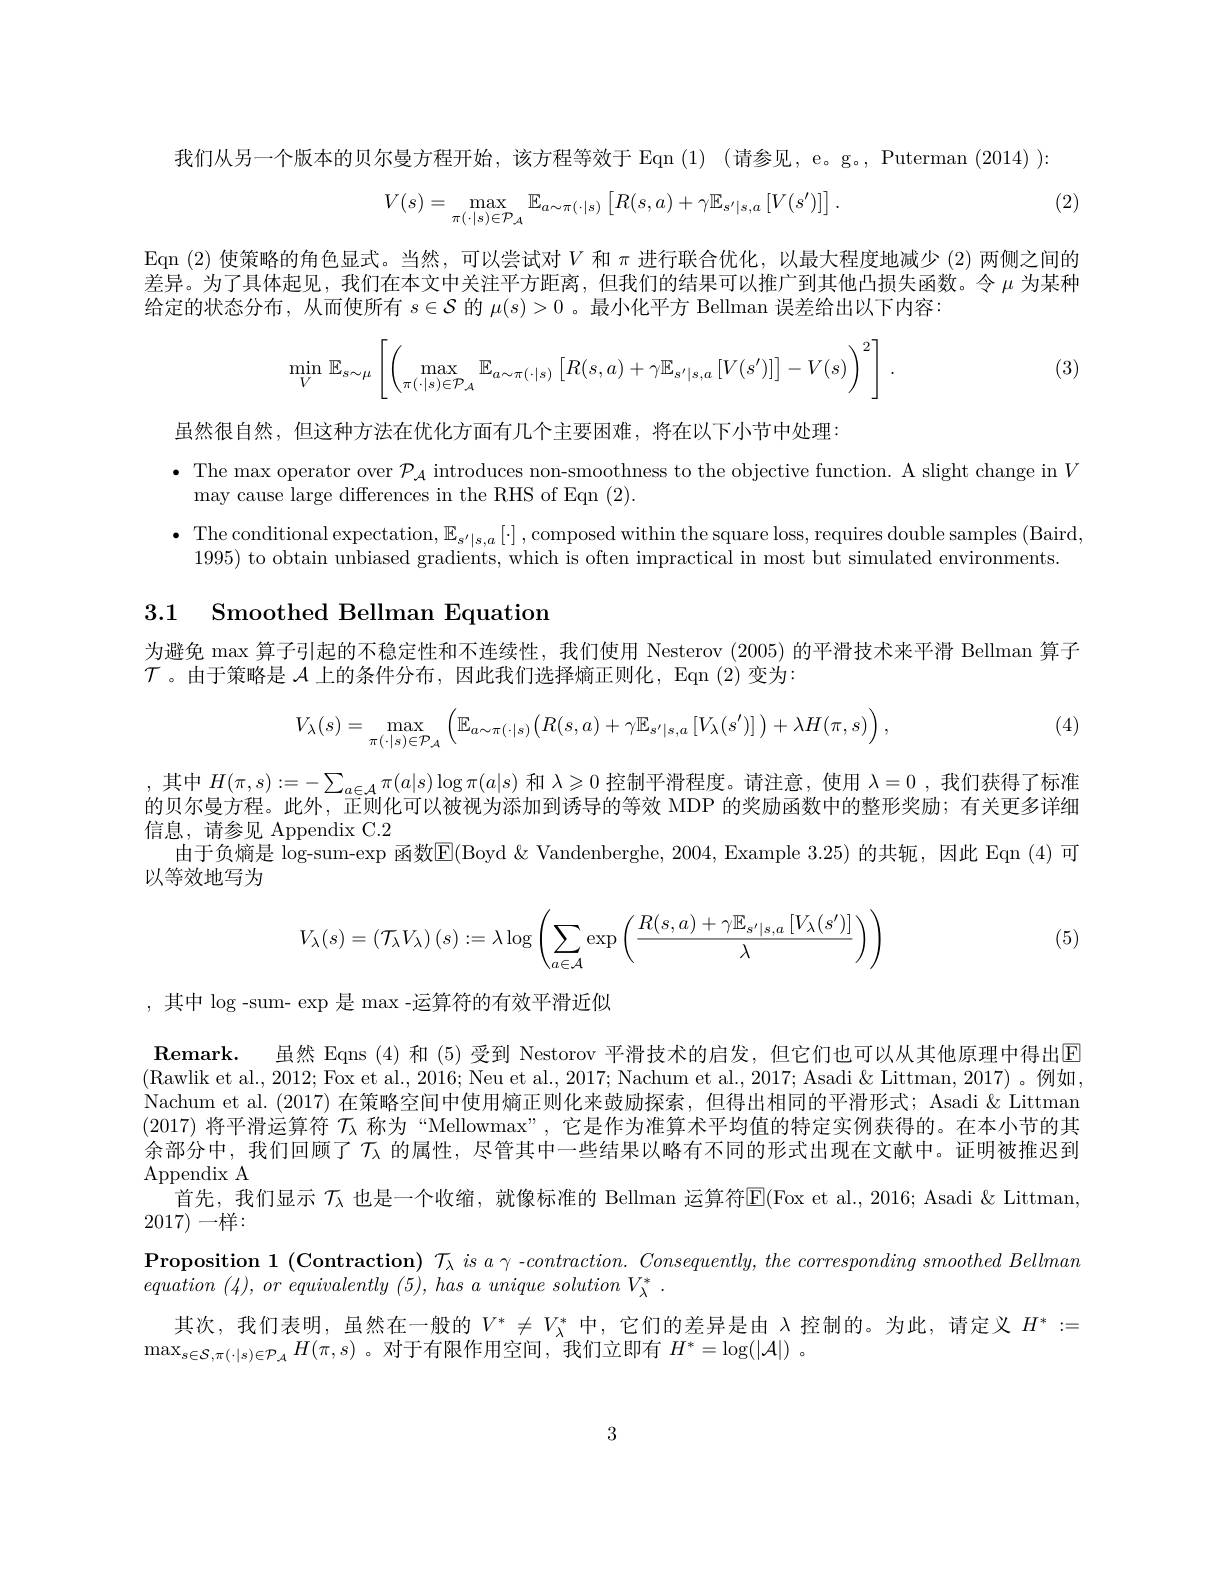
我们从另一个版本的贝尔曼方程开始，该方程等效于 Eqn (1) (请参见，e。g。, Puterman (2014)):

(2)
$$V(s)=\max_{\pi(\cdot|s)\in\mathcal{P}_{\mathcal{A}}}\mathbb{E}_{a\sim\pi(\cdot|s)}\left[R(s,a)+\gamma\mathbb{E}_{s'|s,a}\left[V(s')\right]\right].$$
Eqn (2)使策略的角色显式。当然，可以尝试对$V$和$\pi$进行联合优化，以最大程度地减少 (2)两侧之间的差异。为了具体起见，我们在本文中关注平方距离，但我们的结果可以推广到其他凸损失函数。令$\mu$为某种给定的状态分布，从而使所有$s\in\mathcal{S}$的$\mu(s)>0$ 。最小化平方 Bellman 误差给出以下内容

(3)
$$\min\limits_{V}\mathbb{E}_{s\sim\mu}\left[\left(\max\limits_{\pi(\cdot|s)\in\mathcal{P}_{\mathcal{A}}}\mathbb{E}_{a\sim\pi(\cdot|s)}\left[R(s,a)+\gamma\mathbb{E}_{s'|s,a}\left[V(s')\right]\right]-V(s)\right)^2\right]\:.$$
虽然很自然，但这种方法在优化方面有几个主要困难，将在以下小节中处理
$\bullet$ The max operator over $\mathcal{P}_\mathcal{A}$ introduces non-smoothness to the objective function. A slight change in $V$
may cause large differences in the RHS of Eqn (2).
$\bullet$ The conditional expectation, $\mathbb{E}_s^\prime|s,a\left[\cdot\right]$, composed within the square loss, requires double samples (Baird)
1995) to obtain unbiased gradients, which is often impractical in most but simulated environments

# 3.1 Smoothed Bellman Equation

为避免 max 算子引起的不稳定性和不连续性，我们使用 Nesterov (2005) 的平滑技术来平滑 Bellman 算子
$\mathcal{T}$。由于策略是$\mathcal{A}$上的条件分布，因此我们选择熵正则化，Eqn (2)变为：
$$V_{\lambda}(s)=\max_{\pi(\cdot|s)\in\mathcal{P}_{\mathcal{A}}}\left(\mathbb{E}_{a\sim\pi(\cdot|s)}\bigl(R(s,a)+\gamma\mathbb{E}_{s'|s,a}\left[V_{\lambda}(s')\right]\bigr)+\lambda H(\pi,s)\right),$$
(4)

,其中$H(\pi,s):=-\sum_{a\in\mathcal{A}}\pi(a|s)\log\pi(a|s)$和$\lambda\geqslant0$控制平滑程度。请注意，使用$\lambda=0$ ,我们获得了标准的贝尔曼方程。此外，正则化可以被视为添加到诱导的等效 MDP 的奖励函数中的整形奖励；有关更多详细信息，请参见 Appendix C.2
由于负熵是 $\log$-sum-exp 函数E(Boyd &Vandenberghe, 2004, Example 3.25) 的共轭，因此 Eqn (4)可
以等效地写为
$$V_{\lambda}(s)=\left(\mathcal{T}_{\lambda}V_{\lambda}\right)(s):=\lambda\log\left(\sum_{a\in\mathcal{A}}\exp\left(\frac{R(s,a)+\gamma\mathbb{E}_{s'|s,a}\left[V_{\lambda}(s')\right]}{\lambda}\right)\right)$$
(5)

,其中$\log$-sum- exp 是 max -运算符的有效平滑近似

$\textbf{Remark. 虽 然 Eqns ( 4) 和 ( 5) 受 到 Nestorov 平 滑 技 术 的 启 发 , 但 它 们 也 可 以 从 其 他 原 理 中 得 出 回 }$ (Rawlik et al., 2012; Fox et al., 2016; Neu et al., 2017; Nachum et al., 2017; Asadi & Littman, 2017)。例如Nachum et al. (2017) 在策略空间中使用熵正则化来鼓励探索，但得出相同的平滑形式；Asadi &Littman (2017) 将平滑运算符 $\mathcal{T}$人称为“Mellowmax”,它是作为准算术平均值的特定实例获得的。在本小节的其余部分中，我们回顾了$\tau_\mathrm{\lambda}$ 的属性，尽管其中一些结果以略有不同的形式出现在文献中。证明被推迟到$\operatorname{Appendix}$A
首先，我们显示 $\mathcal{T}$ 、也是一个收缩，就像标准的 Bellman 运算符$\mathbb{E}($Fox et al., 2016; Asadi & Littman,
2017)一样：
$\textbf{Proposition 1 }($Contraction) $\mathcal{T} _\lambda \textit{ is a - contraction.  Consequently,  the corresponding smoothed Bellman}$
equation (4), $or$ equivalently (5), has $a$ unique solution $V_{\lambda }^{* }$ .
其次，我们表明，虽然在一般的$V^*\neq V_\lambda^*$中，它们的差异是由 入控制的。为此，请定义$H^*:=$
$\max_{s\in\mathcal{S},\pi(\cdot|s)\in\mathcal{P}_A}H(\pi,s)$ 。对于有限作用空间，我们立即有$H^*=\log(|\mathcal{A}|)$ 。

3